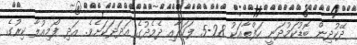
ދޭކުދިން ބޮޑުކަމުދަނީ ހަފްތާއަކު 28-5 ފަހަރާއި ދެމެދުގެ އަދަދަކަށެވެ. އަދި ފޯމިއުލާ ކިރުގެ